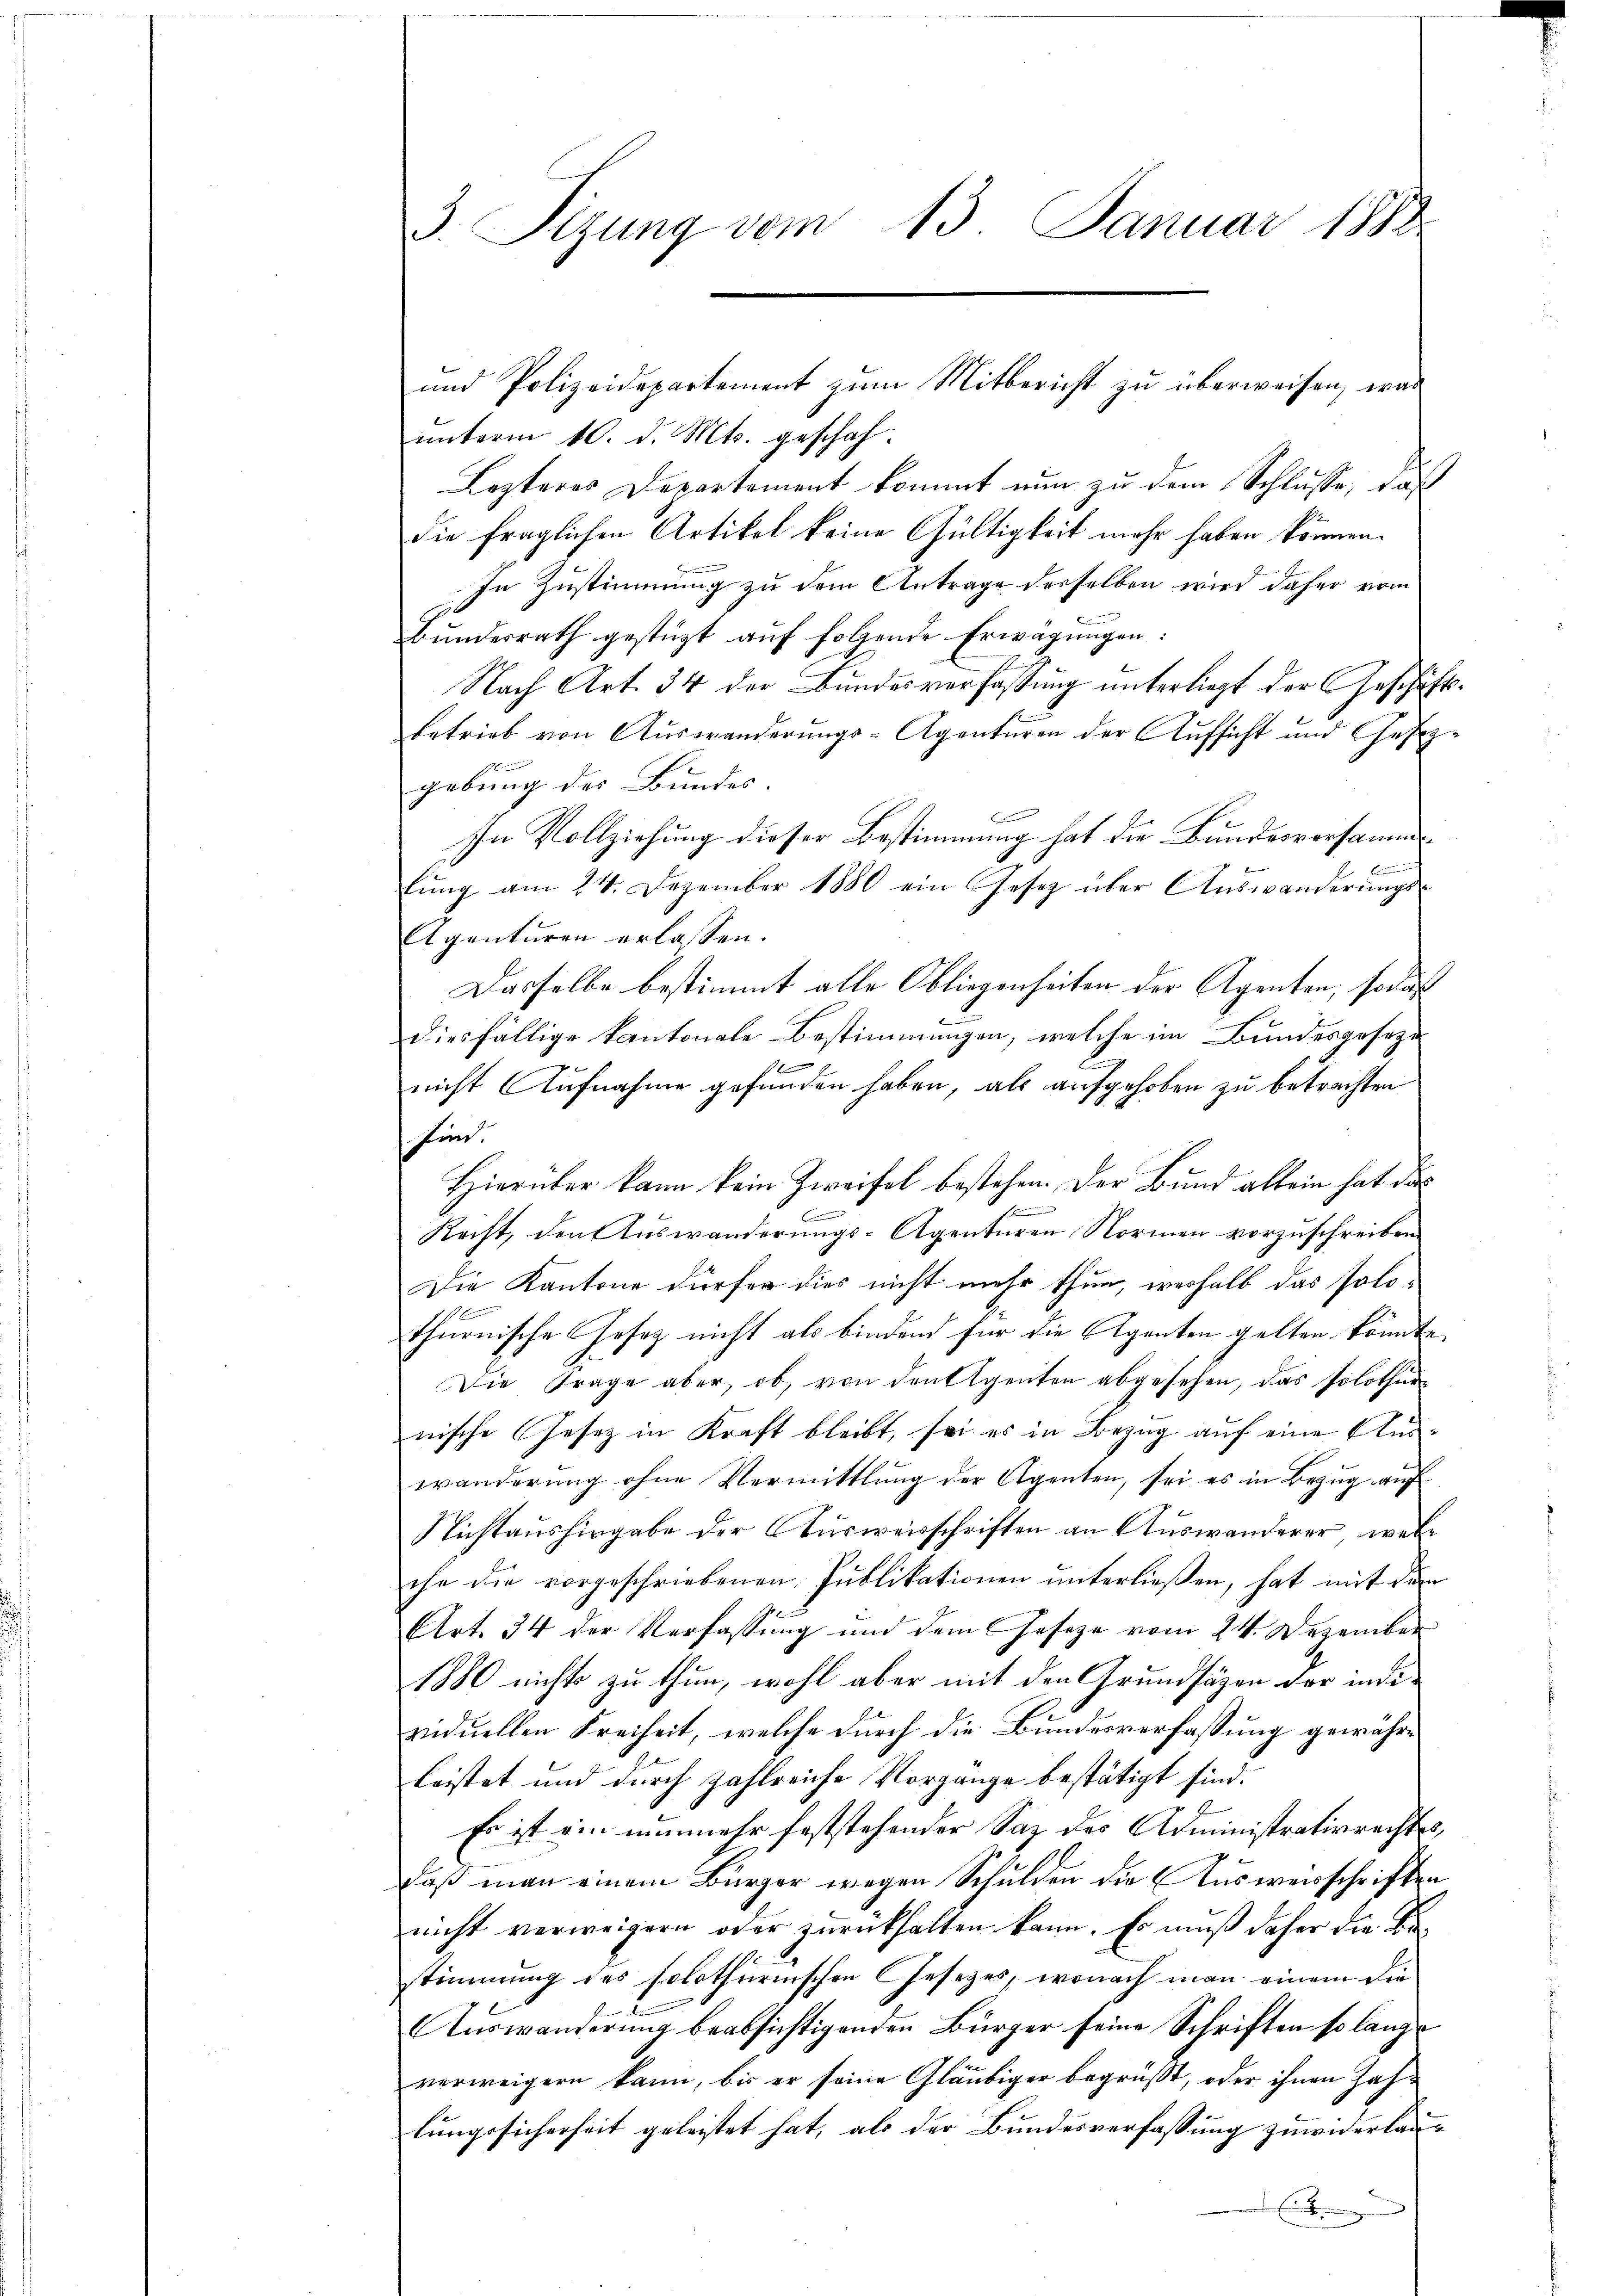
3. Sitzung vom 13. Januar 1882

unterm 10. d. Mts. geschah.
Lezteres Departement kommt nun zu dem Schlüsse, daß
die fraglichen Artikel keine Gültigkeit mehr haben können.
In Zustimmung zu dem Antrage derselben wird daher vom
Bŭndesrath gestützt auf folgende Erwägungen:
Nach Art. 34 der Bundesverfassung unterliegt der Geschäftsbetrieb von Auswanderungs-Agenturen der Aufsicht und Gesezgebung des Bundes. |
In Vollziehung dieser Bestimmung hat die Bundesvorsamm¬
Emmen und
2
lŭng am 24. Dezember 1880 ein Gesetz über Aŭswanderŭngs-
Agenturen erlassen.
Dasselbe bestimmt alle Obliegenheiten der Agenten, sodas
diesfällige Kantonale Bestimmungen, welche im Bundesgeseze
e
f
nicht Aufnahme gefunden haben, als aufgehoben zu betrachten
find.
Hierüber kann kein Zweifel bestehen. Der Bund allein hat da
u
n
Krist, den Auswanderungs-Agenturen Normen vorzuschreiben.
Die Kantone dürfen dies nicht mehr thun, weshalb das Polothurnische Gesetz nicht als bindend für die Agenten gelten könnte,
Die Frage aber, ob, von deutigenten abgesehen, das solothur
nische Gesetz in Kraft bleibt, sei es in Bezug auf eine Aus-
wanderŭng ohne Vermittlung der Agenten, sei es in Bezŭg aŭf
Nichtaushingabe der Ausweisschriften an Auswanderer, welche die vorgeschriebenen Publikationen unterließen, hat mit dem
Art. 34 der Verfassung und dem Geseze vom 24. Dezember
1880 nichts zu thun, wohl aber mit den Grundsätzen der individuellen Freiheit, welche durch die Bundesverfassung gewähre
leistet und durch zahlreiche Vorgange bestätigt sind.
22
Es ist ein nunmehr feststehender Saz des Administrativrechtes,
daß man einem Bürger wegen Schulden die Ausweisschriften
nicht verweigern oder zurückhalten kann. Es muß daher die Bestimmung des solothurnischen Gesetzes, wonach man einem die
Auswanderung beabsichtigenden Bürger seine Schriften so lange
verweigern kann, bis er seine Gläubiger begrüßt, oder ihnen Zahlungssicherheit geleistet hat, als der Bundesverfassung zuwiderlau¬
Eiterung

und Polizeidepartement zum Mitbericht zu überweisen, was